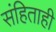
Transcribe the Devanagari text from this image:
संहिताही